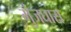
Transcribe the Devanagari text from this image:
मुंजघास